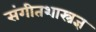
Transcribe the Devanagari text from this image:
संगीतशास्त्रज्ञ